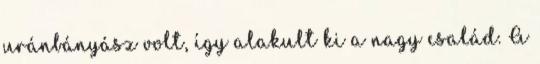
uránbányász volt, így alakult ki a nagy család. A